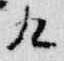
九